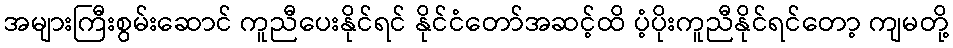
အများကြီးစွမ်းဆောင် ကူညီပေးနိုင်ရင် နိုင်ငံတော်အဆင့်ထိ ပံ့ပိုးကူညီနိုင်ရင်တော့ ကျမတို့